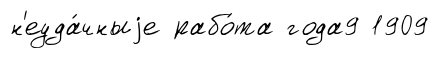
н'еуда́чныjе рабо́та года9 1909